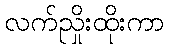
လက်ညှိုးထိုးကာ